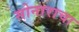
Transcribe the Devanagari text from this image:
सोनाराचा